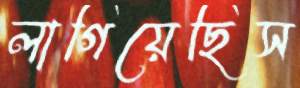
লাগিয়েছিস